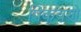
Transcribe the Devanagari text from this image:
पिकवणे